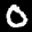
Label: 0